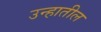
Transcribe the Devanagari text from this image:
उन्हातील